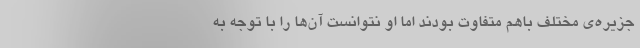
جزیره‌ی مختلف باهم متفاوت بودند اما او نتوانست آن‌ها را با توجه به